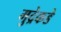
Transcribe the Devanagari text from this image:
मुद्रेकडे